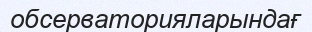
обсерваторияларындағ